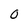
Character: 0